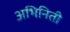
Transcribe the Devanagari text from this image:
अभिनिती